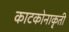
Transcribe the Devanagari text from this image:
काटकोनाकृती